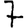
Digit: 7